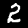
Digit: 2